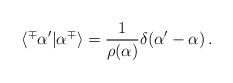
LaTeX: \begin{align*}\langle ^{\mp}\alpha ' |\alpha ^{\mp}\rangle = \frac{1}{\rho (\alpha )}\delta (\alpha '-\alpha ) \, . \end{align*}